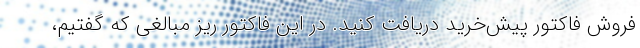
فروش فاکتور پیش‌خرید دریافت کنید. در این فاکتور ریز مبالغی که گفتیم،